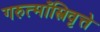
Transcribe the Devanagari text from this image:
गरुत्माँस्त्रिवृत्ते